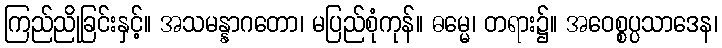
ကြည်ညိုခြင်းနှင့်။ အသမန္နာဂတော၊ မပြည်စုံကုန်။ ဓမ္မေ၊ တရား၌။ အဝေစ္စပ္ပသာဒေန၊